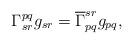
LaTeX: \begin{align*}\Gamma^{pq}_{sr} g_{sr} = \overline{\Gamma}^{sr}_{pq} g_{pq},\end{align*}